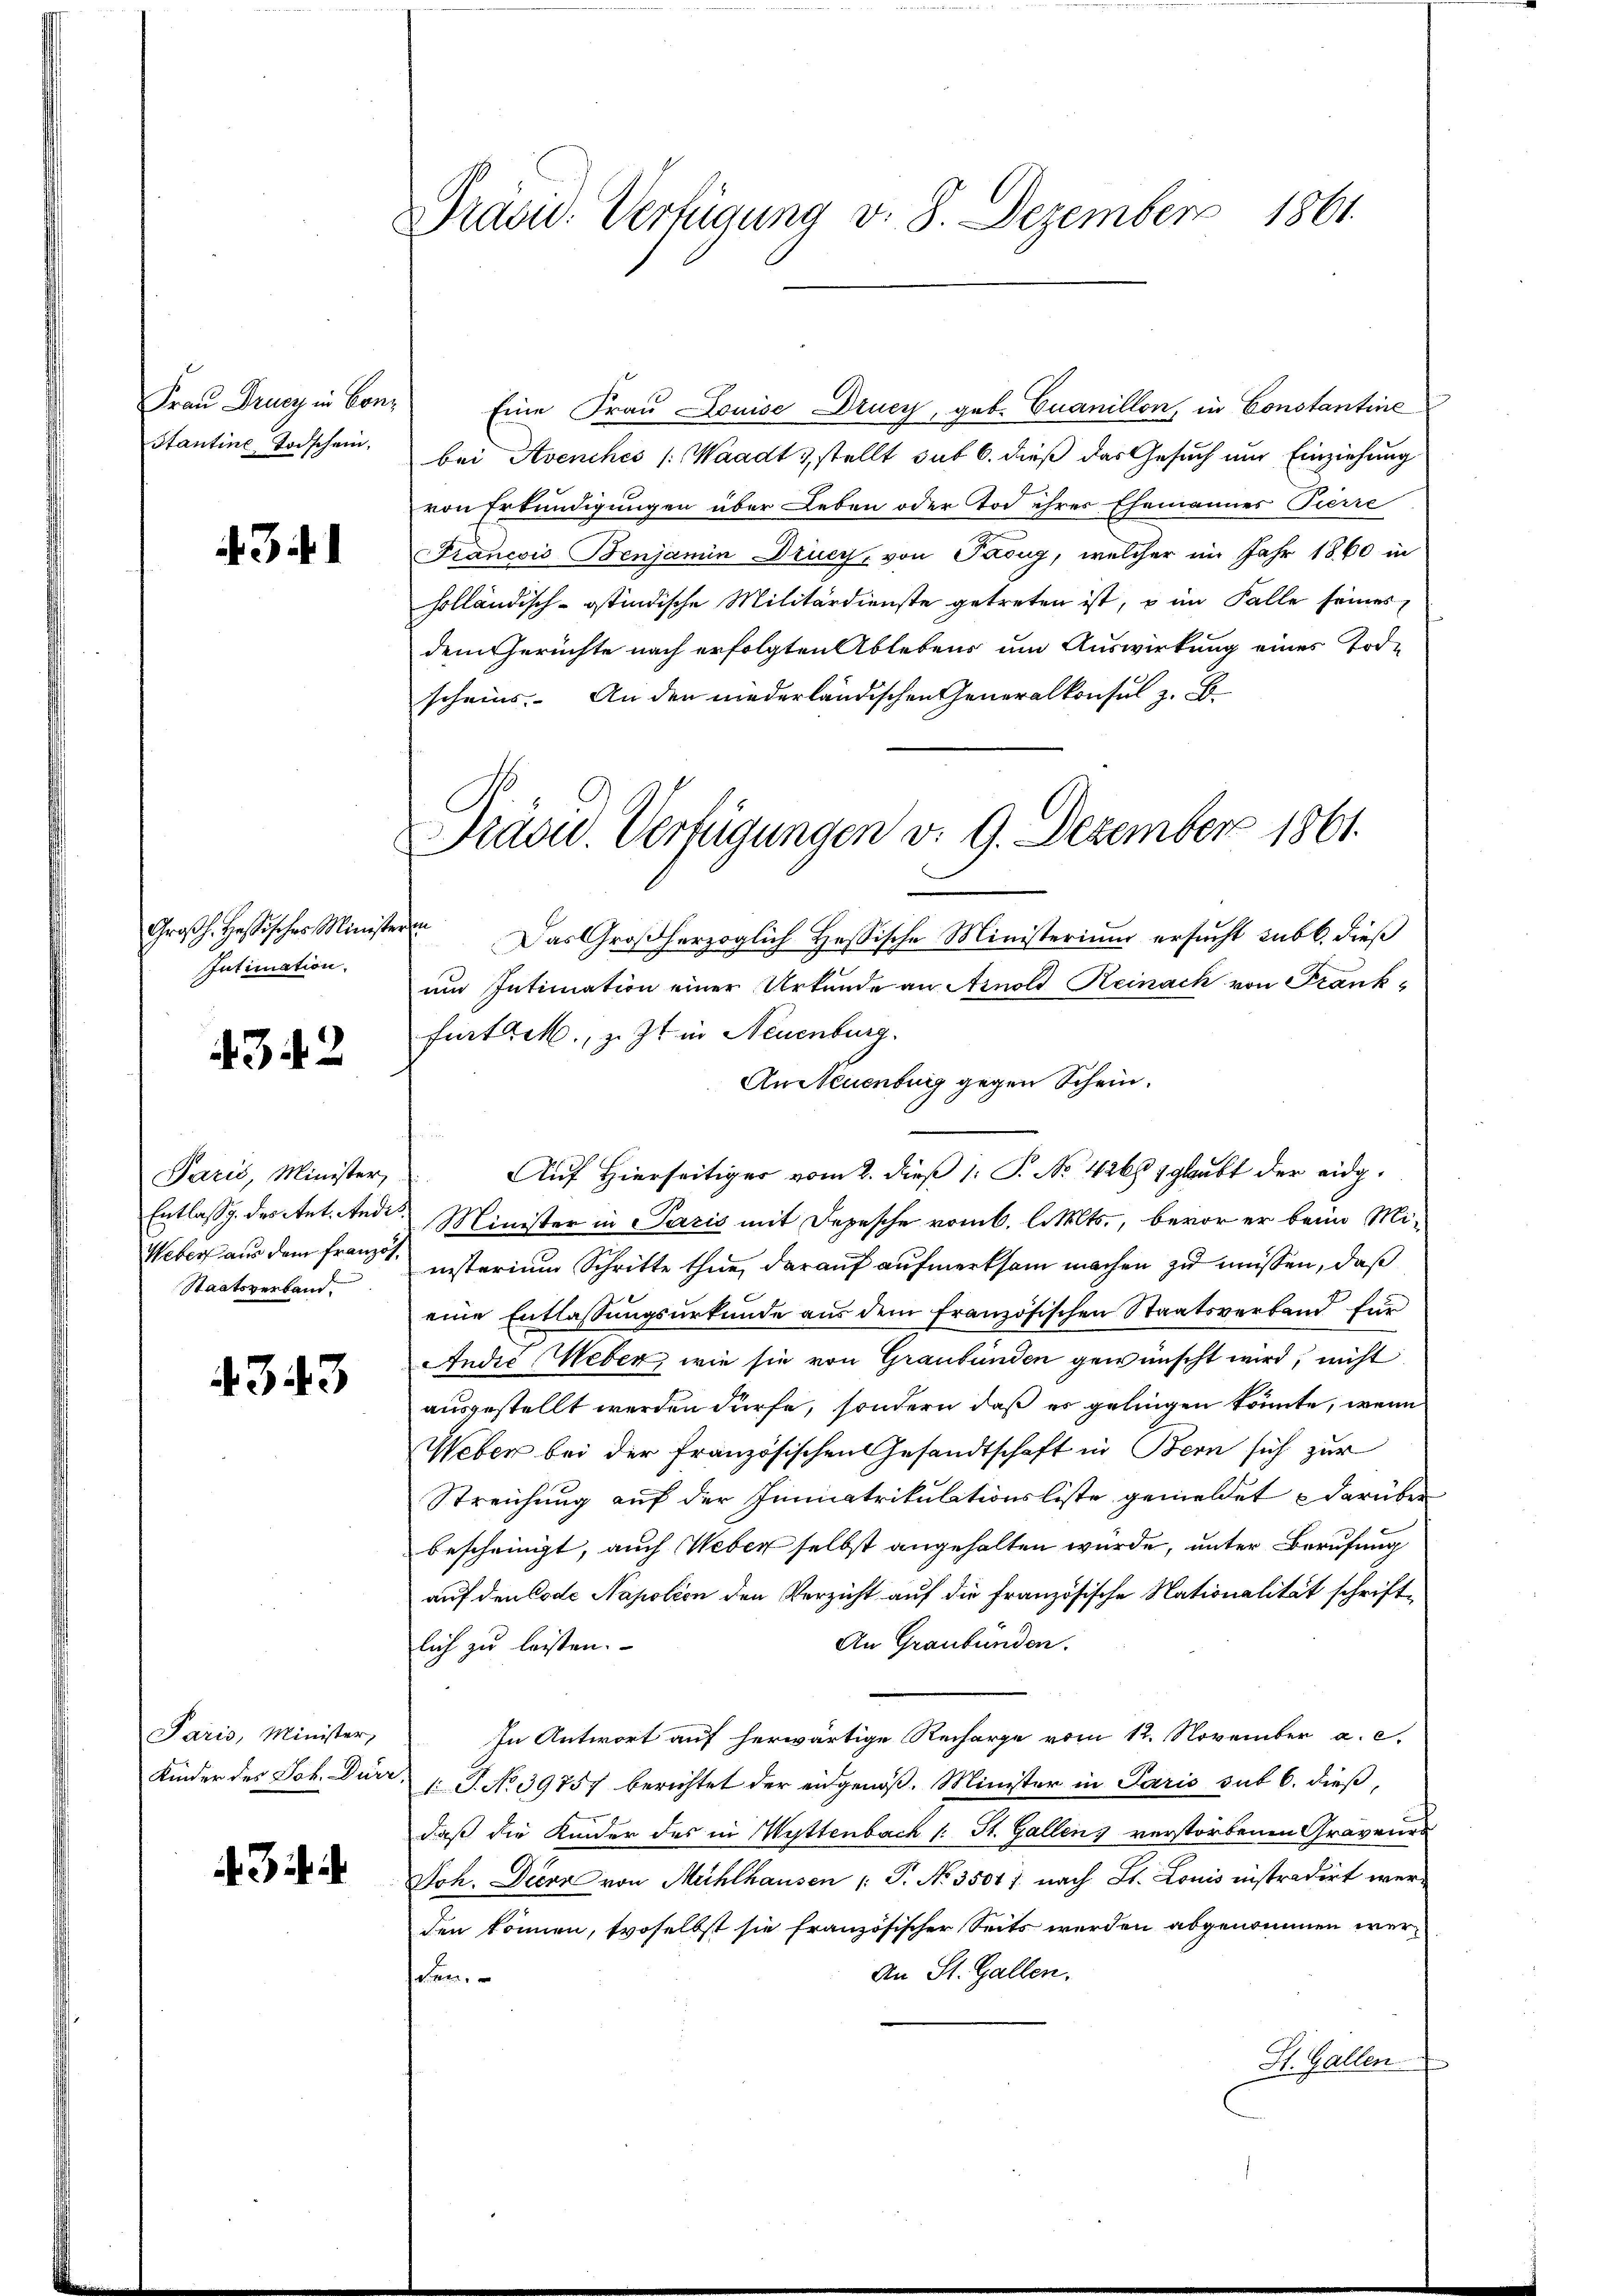
Frau Drusz in Con¬
Stantine Todschein,

43 f. 1

Großh. Hesisches Minist
Intimation.

4342

Paris, Minister,
Entlassg. der stet. Andi
Weber aus dem franzo¬
Staatsverband.

4343

Paris, Minister,
Kinder des Joh. Dürr

3 f

Präsid. Verfügung v. 8. Dezember 1861.

Eine Frau Louise Drucy, geb. Cuanillon, in Constantine
bei Avenches /: Waadt & stellt sub 6. dieß das Gesuch um Einziehung
von Erkundigungen über Leben oder Tod ihres Ehemannes Pierre
Francois Benjamin Drucy, von Pasug, welcher im Jahr 1860 in
holländisch-östindische Militärdienste getreten ist, u im Falle seines
dem Gerichte nach erfolgten Ablebens um Auswirkung eines Todscheins. An den niederländischen Generalkonsul z. B.
f
Das Großherzoglich Hessische Ministerium ersucht subt. dieß
um Intimation einer Urkunde an Arnold Reinach von Frank-
fürttet, z. Zt. in Neuenburg.
An Neuenburg gegen Schein.
Auf Hierseitiger vom 2. dieß 1: P. No. 4266 1 glaubt der eidg¬
Minister in Paris mit Depesche vom 6. l. Mts., bevor er beim Mi-
nisterium Schritte thue, darauf aufmerksam machen zu müssen, daß
eine Entlassungsurkunde aus dem französischen Staatsverband für
Andić, Weber, wie sie von Graubünden gewünscht wird, nicht
ausgestellt werden dürfe, sondern daß es gelingen könnte, wenn
Weber bei der französischen Gesandtschaft in Bern sich zur
Streichung auf der Immatrikulationsliste gemeldet darüber
bescheinigt, auch Weber selbst angehalten wurde, unter Berufung
auf den Code Napoléon den Verzicht auf die französische Nationalität schrift¬
An Graubünden.
lich zu leisten.
In Antwort auf herwärtige Recharge vom 12. November a. c.
 P. No 39757 berichtet der eidgenöß. Minister in Paris sub 6. dieß,
daß die Kinder des in Wettenbach (: St. Gallen verstorbenen Graveur
Joh. Diern von Mühlhausen (: P. No. 3501 f. nach Lt. Louis instradirt werden können, troselbst sie französischer Seits werden abgenommen wer¬
An St. Gallen.
sehen
St. Gallen

Pravid. Verfügungen v. 9. Dezember 1861.